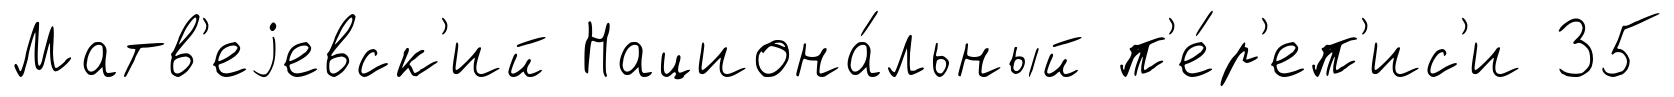
Матв'еjевск'ий Национа́льный п'е́р'еп'ис'и 35